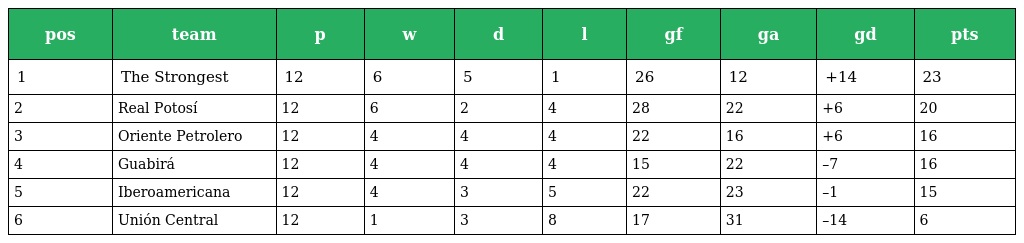
| pos | team | p | w | d | l | gf | ga | gd | pts |
 | --- | --- | --- | --- | --- | --- | --- | --- | --- | --- |
 | 1 | The Strongest | 12 | 6 | 5 | 1 | 26 | 12 | +14 | 23 |
 | 2 | Real Potosí | 12 | 6 | 2 | 4 | 28 | 22 | +6 | 20 |
 | 3 | Oriente Petrolero | 12 | 4 | 4 | 4 | 22 | 16 | +6 | 16 |
 | 4 | Guabirá | 12 | 4 | 4 | 4 | 15 | 22 | –7 | 16 |
 | 5 | Iberoamericana | 12 | 4 | 3 | 5 | 22 | 23 | –1 | 15 |
 | 6 | Unión Central | 12 | 1 | 3 | 8 | 17 | 31 | –14 | 6 |